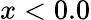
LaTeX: x<0.0